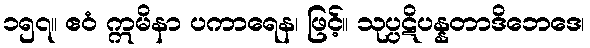
၁၅၇။ ဧဝံ ဣမိနာ ပကာရေန၊ ဖြင့်။ သုပ္ပဋိပန္နတာဒိဘေဒေ၊